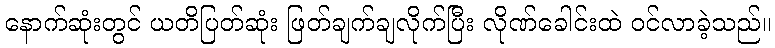
နောက်ဆုံးတွင် ယတိပြတ်ဆုံး ဖြတ်ချက်ချလိုက်ပြီး လိုဏ်ခေါင်းထဲ ဝင်လာခဲ့သည်။